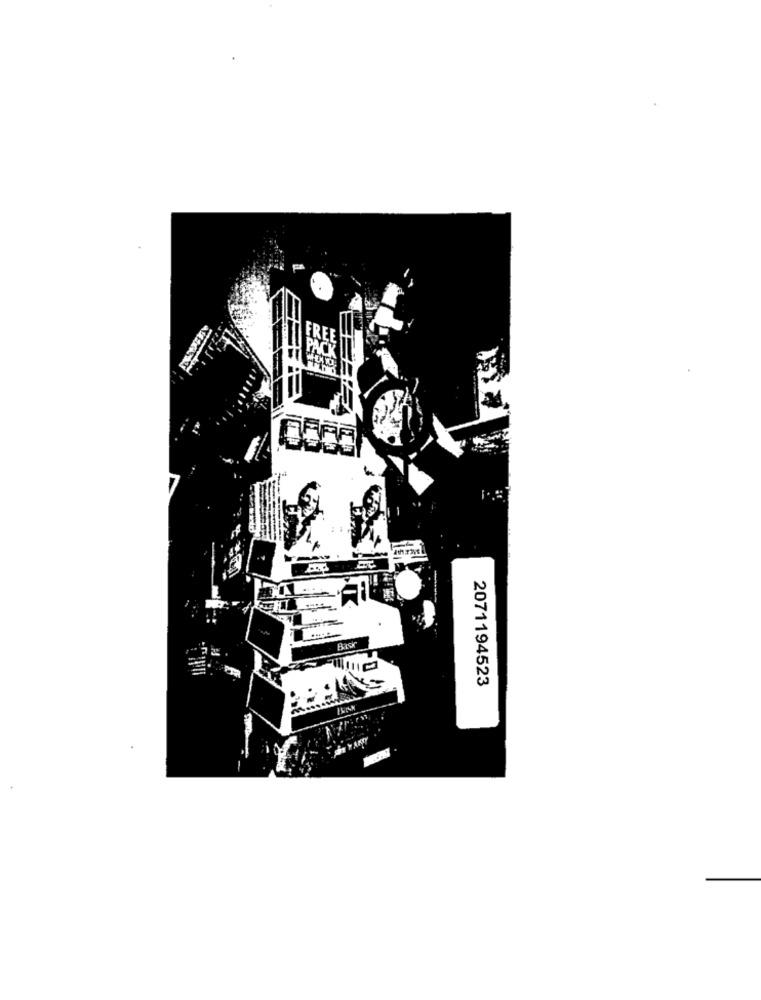
2071194523